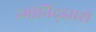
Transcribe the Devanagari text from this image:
न्गोनिद्झाशे